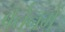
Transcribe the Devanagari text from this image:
बर्तनमें